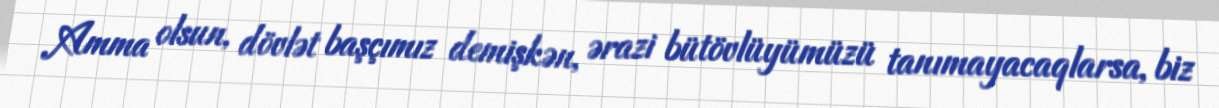
Amma olsun, dövlət başçımız demişkən, ərazi bütövlüyümüzü tanımayacaqlarsa, biz